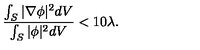
\frac { \int _ { S } \vert \nabla \phi \vert ^ { 2 } d V } { \int _ { S } \vert \phi \vert ^ { 2 } d V } < 1 0 \lambda .